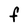
Character: F